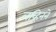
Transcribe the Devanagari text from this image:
लव्हिनने